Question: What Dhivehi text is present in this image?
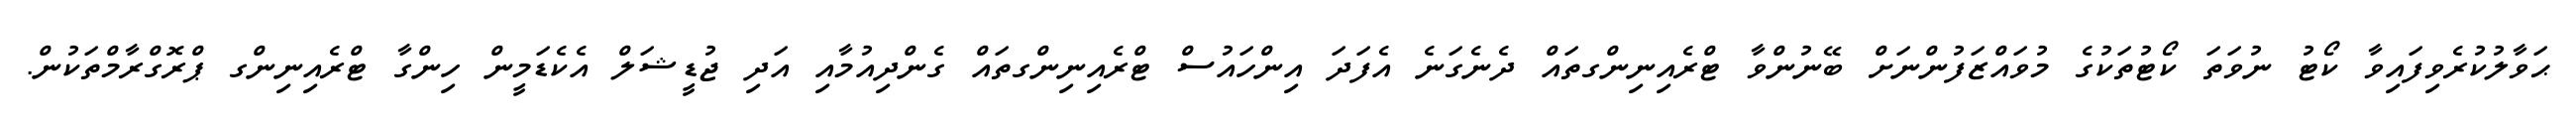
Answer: ޙަވާލުކުރެވިފައިވާ ކޯޓު ނުވަތަ ކޯޓުތަކުގެ މުވައްޒަފުންނަށް ބޭނުންވާ ޓްރެއިނިންގތައް ދެނެގަނެ އެފަދަ އިންހައުސް ޓްރެއިނިންގތައް ގެންދިއުމާއި އަދި ޖުޑީޝަލް އެކެޑަމީން ހިންގާ ޓްރެއިނިންގ ޕްރޮގްރާމްތަކުން.